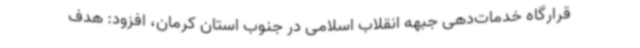
قرارگاه خدمات‌دهی جبهه انقلاب اسلامی در جنوب استان کرمان، افزود: هدف